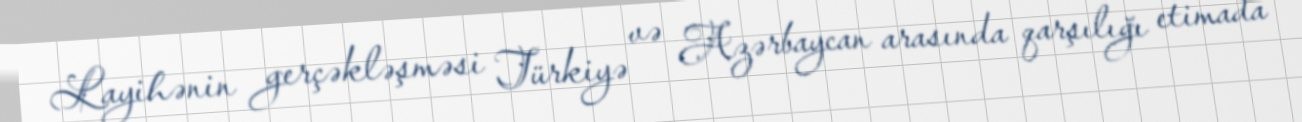
Layihənin gerçəkləşməsi Türkiyə və Azərbaycan arasında qarşılığı etimada